Vaccination in Bombay 1924-1928 - 1924-1928
Year: 1924
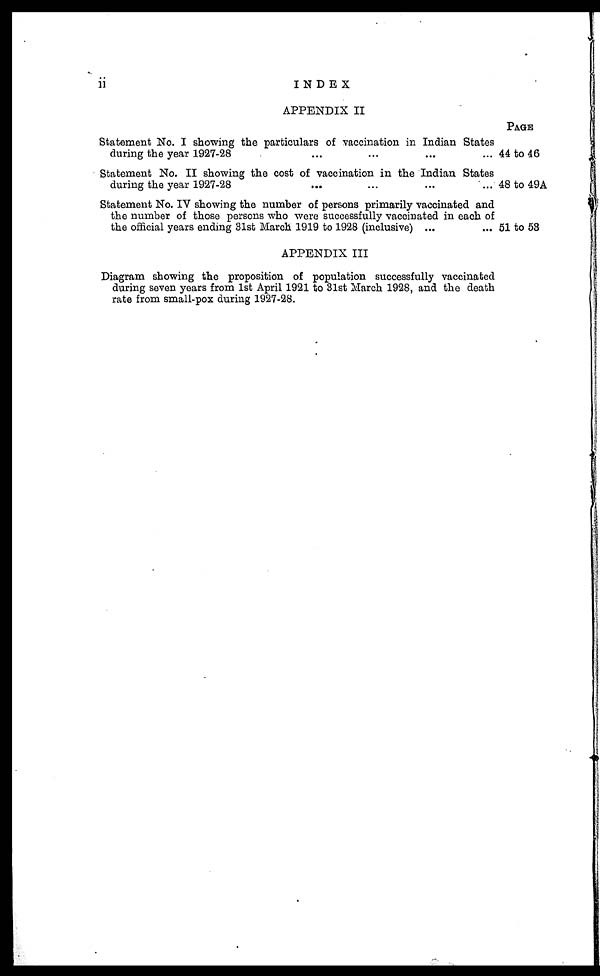
ii
INDEX
APPENDIX II
Statement No. I showing the particulars of vaccination in Indian States
during the year 1927-28 ... ... ... ...
Statement No. II showing the cost of vaccination in the Indian States
during the year 1927-28 ... ... ... ...
Statement No. IV showing the number of persons primarily vaccinated and
the number of those persons who were successfully vaccinated in each of
the official years ending 31st March 1919 to 1928 (inclusive) ... ...
APPENDIX III
Diagram showing the proposition of population successfully vaccinated
during seven years from 1st April 1921 to 31st March 1928, and the death
rate from small-pox during 1927-28. ... ... ... ...
PAGE
44 to 46
48 to 49A
51 to 53